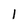
Character: I